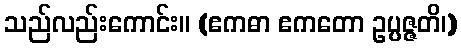
သည်လည်းကောင်း။ (ဧကဓာ ဧကတော ဥပ္ပဇ္ဇတိ၊)